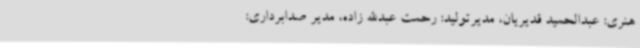
هنری: عبدالحمید قدیریان، مدیرتولید: رحمت عبدالله زاده، مدیر صدابرداری: